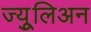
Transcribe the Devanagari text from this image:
ज्युूलिअन